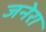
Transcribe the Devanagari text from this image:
जनेरा